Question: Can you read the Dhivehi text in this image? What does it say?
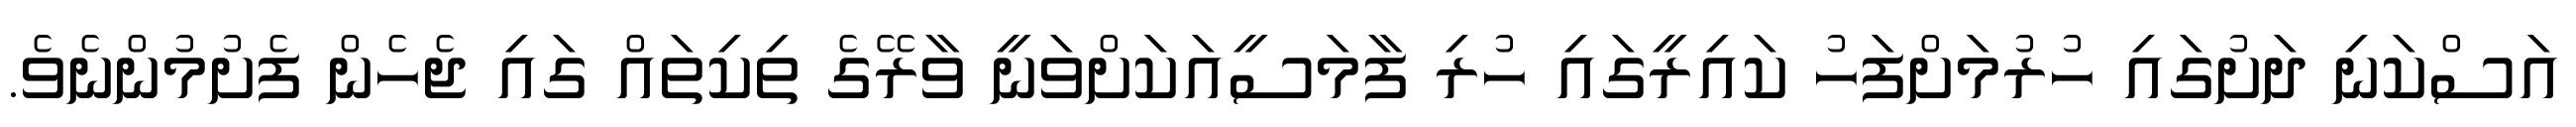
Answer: އަސްކަނި ދަށުގައި ހުރުމަށްފަހު ކައިރީގައި ހުރި ފާމަސީއަކަށްވަނީ ވާރޭގެ ތިކިތައް ގައި ޖެހެން ފެށުމުންނެވެ.